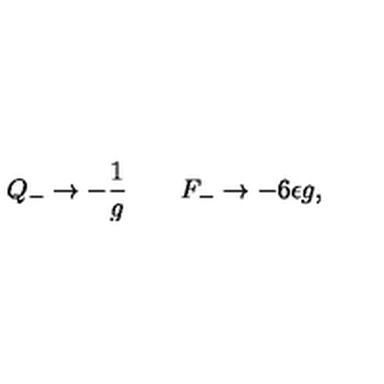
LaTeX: Q _ { - } \rightarrow - { \frac { 1 } { g } } \qquad F _ { - } \rightarrow - 6 \epsilon g ,